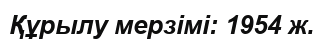
Құрылу мерзімі: 1954 ж.